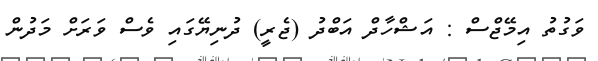
ވަގުތު އިމޭޖްސް : އަޝްހާދް އަބްދު (ޖެރީ) ދުނިޔޭގައި ވެސް ވަރަށް މަދުން